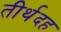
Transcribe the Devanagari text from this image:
तीर्थदह